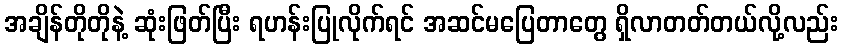
အချိန်တိုတိုနဲ့ ဆုံးဖြတ်ပြီး ရဟန်းပြုလိုက်ရင် အဆင်မပြေတာတွေ ရှိလာတတ်တယ်လို့လည်း